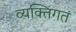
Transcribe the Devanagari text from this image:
व्यक्तिगतं